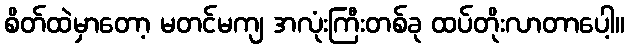
စိတ်ထဲမှာတော့ မတင်မကျ အလုံးကြီးတစ်ခု ထပ်တိုးလာတာပေါ့။